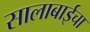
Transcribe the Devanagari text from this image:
सालाबाईचा